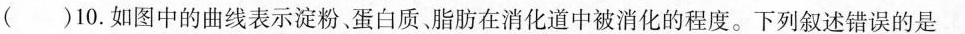
( )10.如图中的曲线表示淀粉，蛋白质，脂肪在消化道中被消化的程度。下列叙述错误的是